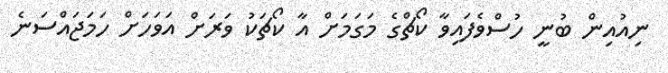
ނިއުއިން ބުނީ ހުސްވެފައިވާ ކޯޗްގެ މަގަމަށް އާ ކޯޗަކު ވަރަށް އަވަހަށް ހަމަޖައްސަނެ